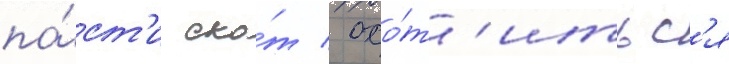
па́ст'и ско́т / охо́т'итьс'я